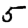
Digit: 5